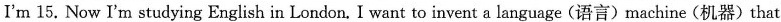
I'm 15. Now I'm studying English in London. I want to invent a language(语言)machine(机器)that